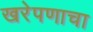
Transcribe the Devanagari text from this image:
खरेपणाचा